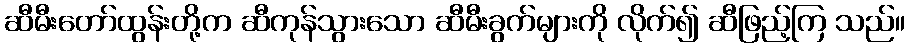
ဆီမီးတော်ထွန်းတို့က ဆီကုန်သွားသော ဆီမီးခွက်များကို လိုက်၍ ဆီဖြည့်ကြ သည်။